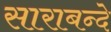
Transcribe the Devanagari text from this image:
साराबन्दे